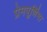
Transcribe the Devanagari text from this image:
प्रेमपूर्णिमा